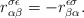
\begin{align*}r^{\sigma \epsilon}_{\alpha\beta}=-r^{\epsilon\sigma}_{\beta\alpha}.\end{align*}